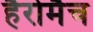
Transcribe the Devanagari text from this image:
हैरोमैच